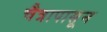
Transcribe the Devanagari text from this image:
चैत्रापासून